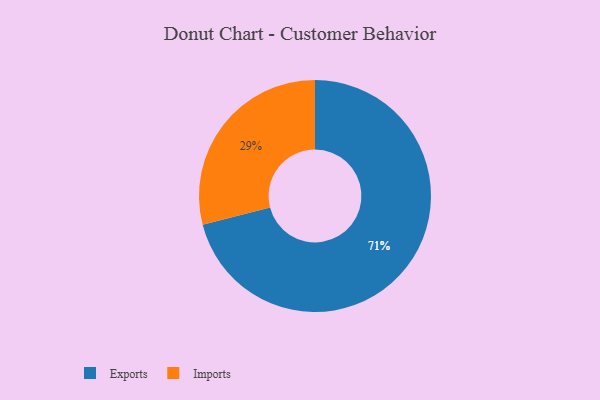
{"axis": {"x": "Category", "y": "Percentage"}, "legend": ["Exports", "Imports"], "data": [{"x": "Imports", "y": 29, "type": "Imports"}, {"x": "Exports", "y": 71, "type": "Exports"}]}